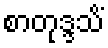
စာတုဒ္ဒသိံ